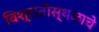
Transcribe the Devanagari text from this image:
विश्रांतीस्थळाचे